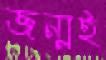
জন্মই